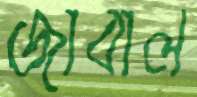
জাবাল